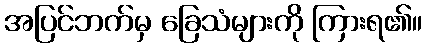
အပြင်ဘက်မှ ခြေသံများကို ကြားရ၏။